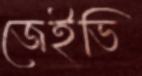
জেইভি